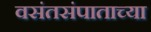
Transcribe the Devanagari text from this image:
वसंतसंपाताच्या